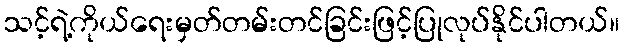
သင့်ရဲ့ကိုယ်ရေးမှတ်တမ်းတင်ခြင်းဖြင့်ပြုလုပ်နိုင်ပါတယ်။